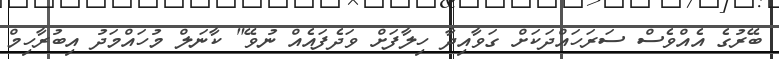
ބޭރުގެ އެއްވެސް ސަރަހައްދަކަށް ގަވާއިދާ ހިލާފަށް ވަދެފައެއް ނުވޭ" ކާނަލް މުހައްމަދު އިބުރާހިމް